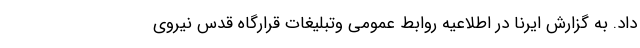
داد. به گزارش ایرنا در اطلاعیه روابط عمومی وتبلیغات قرارگاه قدس نیروی